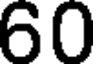
60